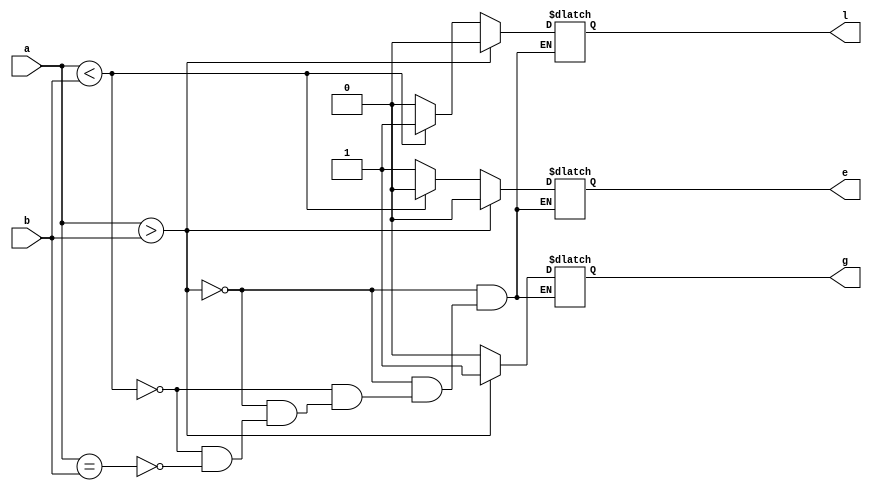
module comparator(a,b,l,g,e);
input [3:0]a,b;
output reg l,g,e;
always@(*)
begin
if(a>b)
begin
l=4'b0000;
g=4'b0001;
e=4'b0000;
end

else if(a<b)
begin
l=4'b0001;
g=4'b0000;
e=4'b0000;
end

else if(a==b)
begin
l=4'b0000;
g=4'b0000;
e=4'b0001;
end
end
endmodule